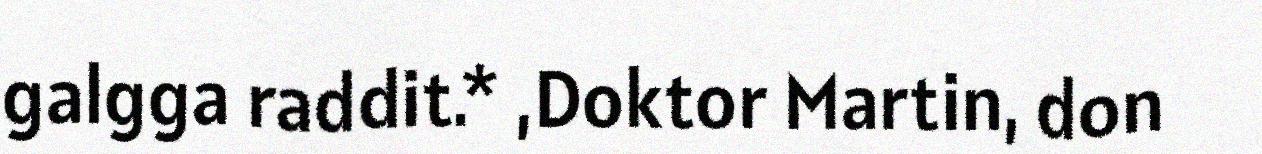
galgga raddit.* ,Doktor Martin, don